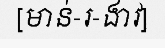
[មាន់-រ-ងាវ]